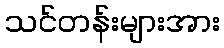
သင်တန်းများအား